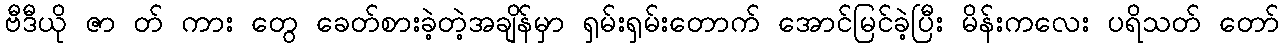
ဗီဒီယို ဇာ တ် ကား တွေ ခေတ်စားခဲ့တဲ့အချိန်မှာ ရှမ်းရှမ်းတောက် အောင်မြင်ခဲ့ပြီး မိန်းကလေး ပရိသတ် တော်